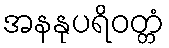
အနနုပရိဝတ္တံ